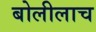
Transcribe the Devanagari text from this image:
बोलीलाच